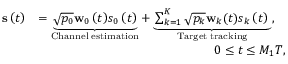
\begin{array} { r l } { { \bf { s } } \left( t \right) } & { = \underbrace { { \sqrt { { p _ { 0 } } } { { { \bf { w } } _ { 0 } } \left( t \right) } { s _ { 0 } } \left( t \right) } } _ { \mathrm { { C h a n n e l } } \; { \mathrm { e s t i m a t i o n } } } + \underbrace { \sum _ { k = 1 } ^ { K } { \sqrt { { p _ { k } } } { { \bf { w } } _ { k } } ( t ) { s _ { k } } \left( t \right) } \; } _ { \mathrm { { T a r g e t } } \; { \mathrm { t r a c k i n g } } } , } \\ & { \qquad \qquad \qquad \qquad \qquad \qquad \qquad 0 \le t \le { M _ { 1 } } { T } , } \end{array}